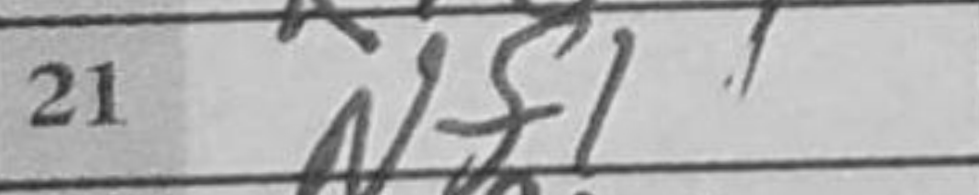
Transcription: Nf1